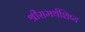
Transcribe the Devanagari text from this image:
श्रीसमर्थशिष्य